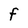
Character: F